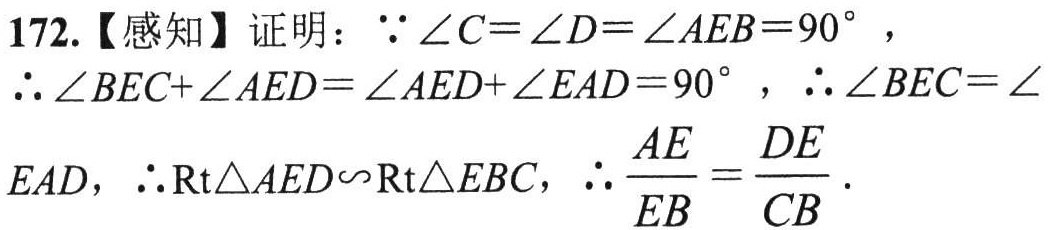
172.【感知】证明：\(\because \angle C = \angle D=\angle AEB = 90^{\circ}\)，

\(\therefore \angle BEC+\angle AED=\angle AED+\angle EAD = 90^{\circ}\)，\(\therefore \angle BEC=\angle\)

\(EAD\)，\(\therefore \mathrm{Rt}\triangle AED\sim\mathrm{Rt}\triangle EBC\)，\(\therefore \frac{AE}{EB}=\frac{DE}{CB}\)．